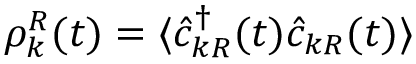
\rho _ { k } ^ { R } ( t ) = \langle \hat { c } _ { k R } ^ { \dagger } ( t ) \hat { c } _ { k R } ( t ) \rangle